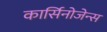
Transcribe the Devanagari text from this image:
कार्सिनोजेन्स